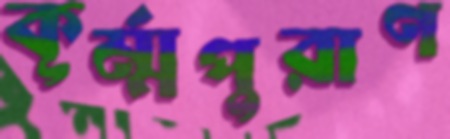
কূর্ম্মপুরাণ